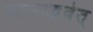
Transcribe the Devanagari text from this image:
पठनाद्भवेत्